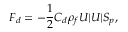
F _ { d } = - \frac { 1 } { 2 } C _ { d } \rho _ { f } U | U | S _ { p } ,